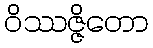
ဝိဿဇ္ဇိတော